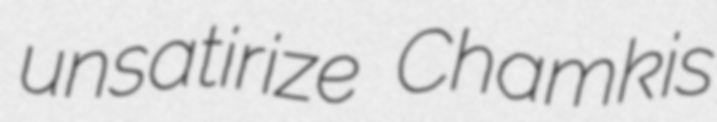
unsatirize Chamkis